Annual administration report of the Civil Veterinary Department of India - 1895-1896
Year: 1895
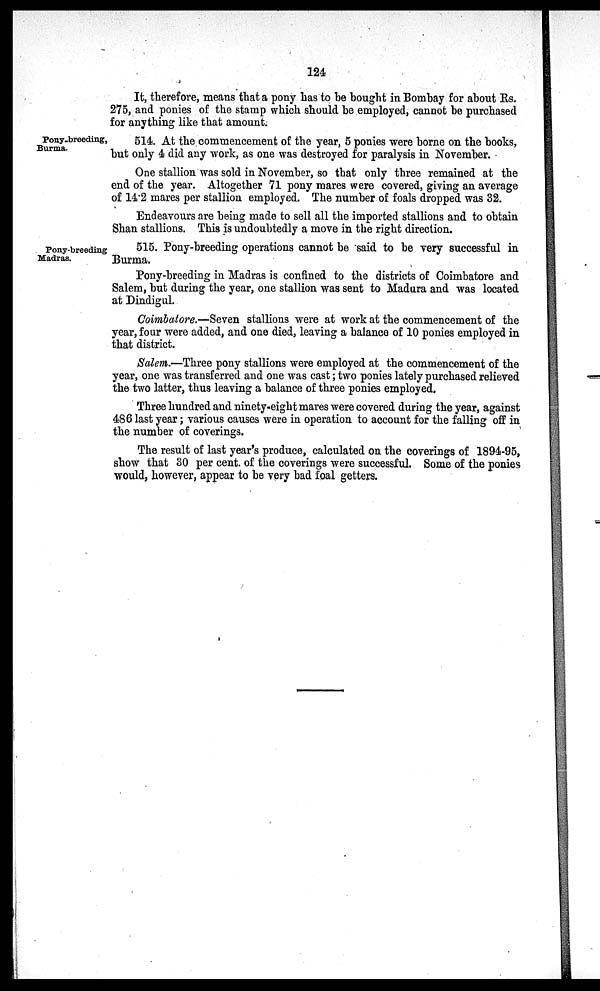
124
It, therefore, means that a pony has to be bought in Bombay for about Rs.
275, and ponies of the stamp which should be employed, cannot be purchased
for anything like that amount.
Pony-breeding,
Burma.
514. At the commencement of the year, 5 ponies were borne on the books,
but only 4 did any work, as one was destroyed for paralysis in November.
One stallion was sold in November, so that only three remained at the
end of the year. Altogether 71 pony mares were covered, giving an average
of 14.2 mares per stallion employed. The number of foals dropped was 32.
Endeavours are being made to sell all the imported stallions and to obtain
Shan stallions. This is undoubtedly a move in the right direction.
Pony-breeding
Madras.
515. Pony-breeding operations cannot be said to be very successful in
Burma.
Pony-breeding in Madras is confined to the districts of Coimbatore and
Salem, but during the year, one stallion was sent to Madura and was located
at Dindigul.
Coimbatore.—Seven stallions were at work at the commencement of the
year, four were added, and one died, leaving a balance of 10 ponies employed in
that district.
Salem.—Three pony stallions were employed at the commencement of the
year, one was transferred and one was cast; two ponies lately purchased relieved
the two latter, thus leaving a balance of three ponies employed.
Three hundred and ninety-eight mares were covered during the year, against
486 last year; various causes were in operation to account for the falling off in
the number of coverings.
The result of last year's produce, calculated on the coverings of 1894-95,
show that 30 per cent, of the coverings were successful. Some of the ponies
would, however, appear to be very bad foal getters.